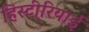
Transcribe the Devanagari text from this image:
हिस्टीरियाई